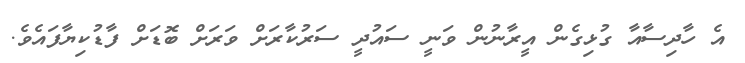
އެ ހާދިސާއާ ގުޅިގެން އީރާނުން ވަނީ ސައުދީ ސަރުކާރަށް ވަރަށް ބޮޑަށް ފާޑުކިޔާފައެވެ.